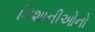
નિશાનીઓનો